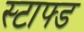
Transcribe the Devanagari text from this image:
स्टाफ्ड